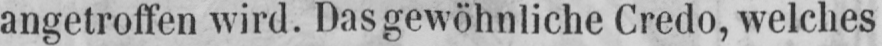
angetroffen wird. Das gewöhnliche Credo, welches